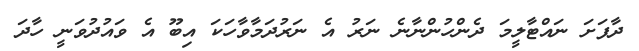
ދާފަށަ ނައްޓާލީމަ ދެންހުންނާނެ ނަރު އެ ނަރުދަމާވާހަކަ އިބޫ އެ ވައުދުވަނީ ހާދަ